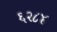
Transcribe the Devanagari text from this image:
६२८४